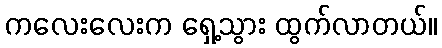
ကလေးလေးက ရှေ့သွား ထွက်လာတယ်။